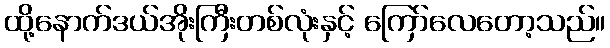
ထို့နောက်ဒယ်အိုးကြီးတစ်လုံးနှင့် ကြော်လေတော့သည်။